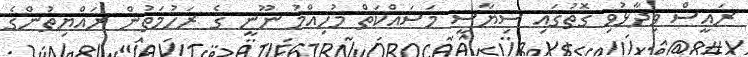
ރައީސް ވިދާޅުވި ގޮތުގައި ސިޔާސީ މަސައްކަތް މުހިއްމު ނޫނީ ގެ ރަހުމަތުން ރައްޔިތުންގެ